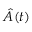
\hat { A } ( t )